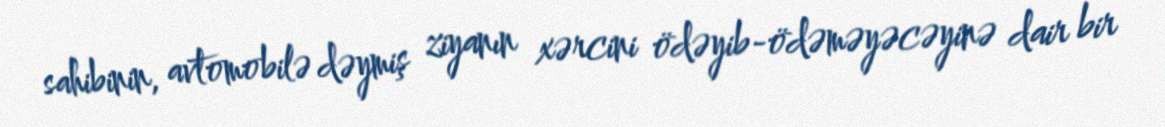
sahibinin, avtomobilə dəymiş ziyanın xərcini ödəyib-ödəməyəcəyinə dair bir